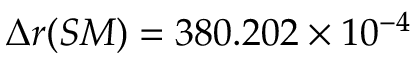
\Delta r ( S M ) = 3 8 0 . 2 0 2 \times 1 0 ^ { - 4 }